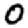
Digit: 0